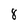
Character: 8